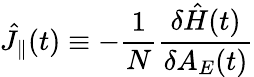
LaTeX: \hat{J}_{\parallel}(t)\equiv-\frac{1}{N}\frac{\delta\hat{H}(t)}{\delta A_{E}(t)}